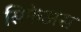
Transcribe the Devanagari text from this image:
सिफेअस